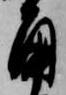
角